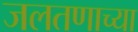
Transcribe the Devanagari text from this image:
जलतणाच्या